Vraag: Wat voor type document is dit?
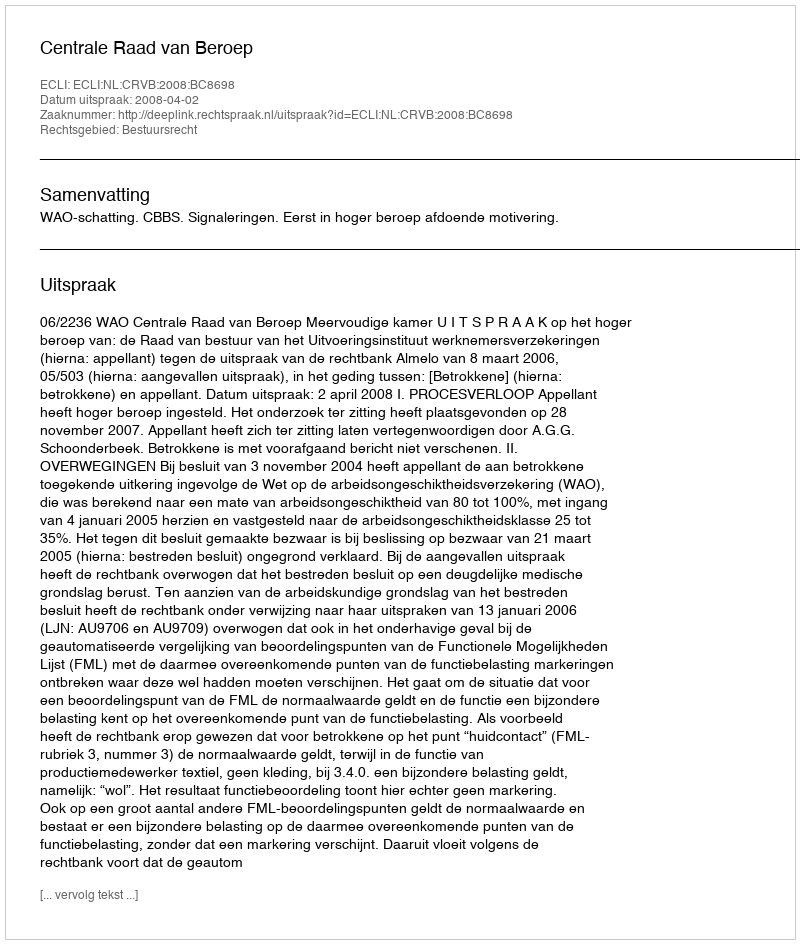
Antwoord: Uitspraak